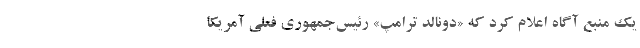
یک منبع آگاه اعلام کرد که «دونالد ترامپ» رئیس‌جمهوری فعلی آمریکا